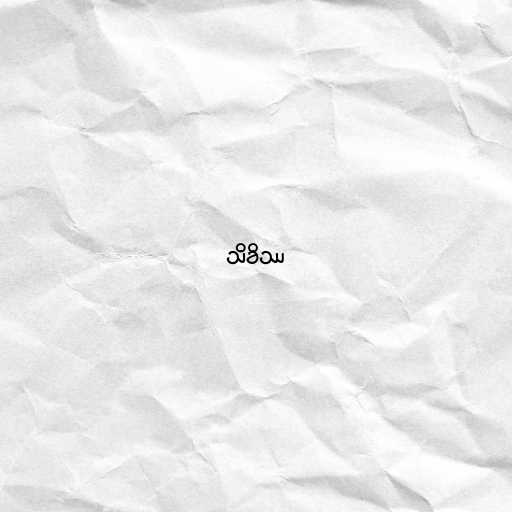
သိခိဿ